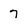
Character: 7